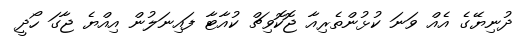
ދުނިޔޭގެ އެއް ވަނަ ކުޅުންތެރިއާ ޖޮކޮވިޗް ކުއާޓާ ފައިނަލުން އިއްޔެ ޖާގަ ހޯދީ